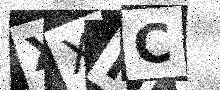
Text: XXNC